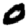
Digit: 0